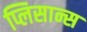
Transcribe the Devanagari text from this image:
प्लिसान्स